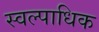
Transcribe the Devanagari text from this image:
स्वल्पाधिक